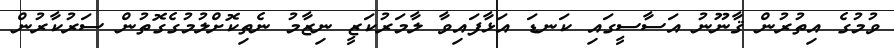
ވުމުގެ އިތުރުން ޤާނޫނު އަސާސީގައި ކަނޑަ އަޅާފައިވާ ލާމަރުކަޒީ ނިޒާމު ނެތިކޮށްލުމުގެގޮތުން ސަރުކާރުން